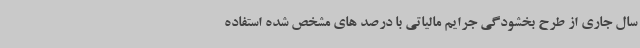
سال جاری از طرح بخشودگی جرایم مالیاتی با درصد های مشخص شده استفاده